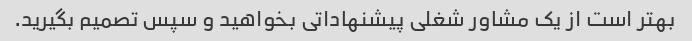
بهتر است از یک مشاور شغلی پیشنهاداتی بخواهید و سپس تصمیم بگیرید.